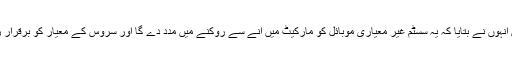
ایک سوال کے جواب میں انہوں نے بتایا کہ یہ سسٹم غیر معیاری موبائل کو مارکیٹ میں آنے سے روکنے میں مدد دے گا اور سروس کے معیار کو برقرار رکھنے میں مدد ملے گی۔